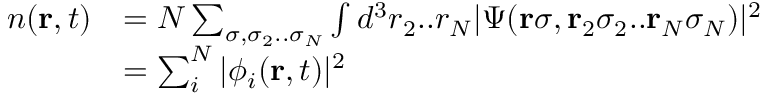
\begin{array} { r l } { n ( { \bf r } , t ) } & { = N \sum _ { \sigma , \sigma _ { 2 } . . \sigma _ { N } } \int d ^ { 3 } r _ { 2 } . . r _ { N } \vert \Psi ( { \bf r } \sigma , { \bf r } _ { 2 } \sigma _ { 2 } . . { \bf r } _ { N } \sigma _ { N } ) \vert ^ { 2 } } \\ & { = \sum _ { i } ^ { N } \vert \phi _ { i } ( { \bf r } , t ) \vert ^ { 2 } } \end{array}